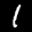
Label: 1